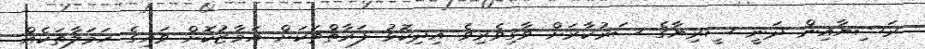
ރަޝިޔާއިން ދަނީ ސީރިޔާގެ ސަރުކާރަށް ވާގިވެރިވެ އިދިކޮޅު ފަރާތްތަކަށް އަމާޒުކޮށް ވައިގެ ހަމަލާތަކެއް